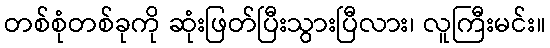
တစ်စုံတစ်ခုကို ဆုံးဖြတ်ပြီးသွားပြီလား၊ လူကြီးမင်း။